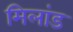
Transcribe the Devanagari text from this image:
मिलांड